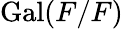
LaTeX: \operatorname{Gal}(F/F)